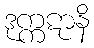
ဒုက္ကဋာနိ